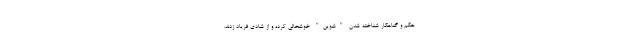
حکم و گناهکار شناخته شدن "شوین" خوشحالی کرده و از شادی فریاد زدند.